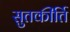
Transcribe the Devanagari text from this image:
सुतकीर्ति